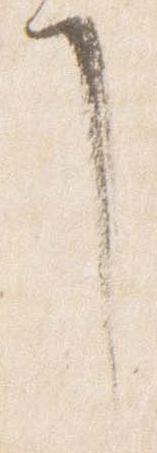
了